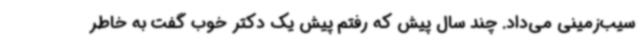
سیب‌زمینی می‌داد. چند سال پیش که رفتم پیش یک دکتر خوب گفت به خاطر